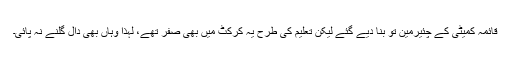
قائمہ کمیٹی کے چئیرمین تو بنا دیے گئے لیکن تعلیم کی طرح یہ کرکٹ میں بھی صفر تھے، لہٰذا وہاں بھی دال گلنے نہ پائی۔